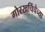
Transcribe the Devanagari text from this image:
गोरखचिंचेच्या